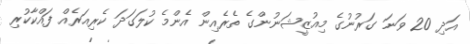
އަދި 20 ވަނަ ގަރުނުގެ މިއުޒީޝަނުންގެ ތެރެއިން އެންމެ ކުލަގަދަ ކެރިއަރެއް ފައްކާކުރި